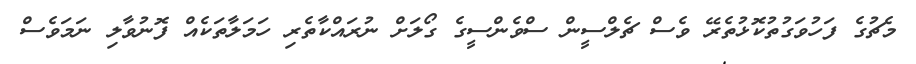
މެޗުގެ ފަހުވަގުތުކޮޅުތެރޭ ވެސް ޗެލްސީން ސްވެންސީގެ ގޯލަށް ނުރައްކާތެރި ހަމަލާތަކެއް ފޮނުވާލި ނަމަވެސް